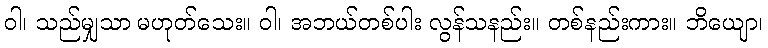
ဝါ၊ သည်မျှသာ မဟုတ်သေး။ ဝါ၊ အဘယ်တစ်ပါး လွန်သနည်း။ တစ်နည်းကား။ ဘိယျော၊